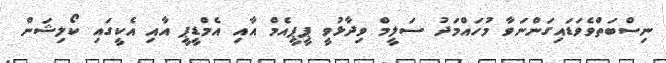
ނިސްބަތްވެވަޑައިގަންނަވާ މުހައްމަދު ސަލީމް ވިދާޅުވީ ޕީޕީއެމް އާއި އެމްޑީޕީ އާއި އެކީގައި ކޯލިޝަން